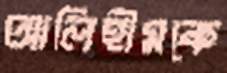
আলিহীমকে